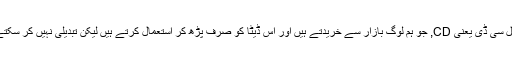
نارمل سی ڈی یعنی CD, جو ہم لوگ بازار سے خریدتے ہیں اور اس ڈیٹا کو صرف پڑھ کر استعمال کرتے ہیں لیکن تبدیلی نہیں کر سکتے 2۔